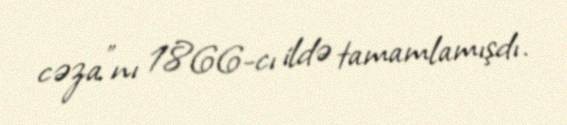
cəza"nı 1866-cı ildə tamamlamışdı.